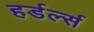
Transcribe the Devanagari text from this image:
हर्डर्ल्स